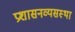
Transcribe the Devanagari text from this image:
प्रशासनव्यसस्था